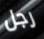
رجل